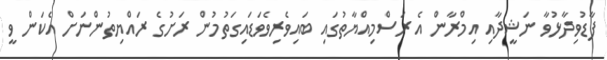
ފާޑުވިދާޅުވާ ނަޝީދާއި އިމްރާން އެ ރަސްމިއްޔާތުގައި ބައިވެރިވެވަޑައިގަތުމުން ރަށުގެ ރައްޔިތުންނަށް އެކަން ވީ